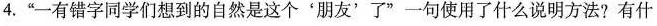
4.”一有错字同学们想到的自然是这个'朋友'了”一句使用了什么说明方法?有什么作用?